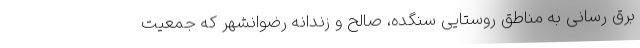
برق رسانی به مناطق روستایی سنگده، صالح و زندانه رضوانشهر که جمعیت